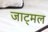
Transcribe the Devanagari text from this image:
जाट्मल